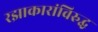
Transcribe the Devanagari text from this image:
रझाकारांविरुद्ध